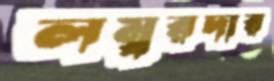
লম্বরদার